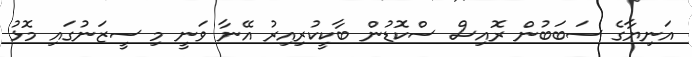
އަނިޔާގެ ސަބަބުން ރޮއިސް ސްކޮޑުން ބާކީކުރިއިރު އޭނާ ވަނީ މި ސީޒަނުގައި މޮޅު